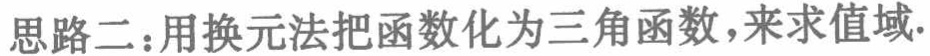
思路二：用换元法把函数化为三角函数，来求值域.